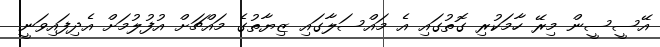
އޭސީސީން މިރޭ ހާމަކުރި ގޮތުގައި އެ މައްސަލާގައި ޒިޔާތުގެ މައްޗަށް އުފުލުމަށް އެދިފައިވަނީ